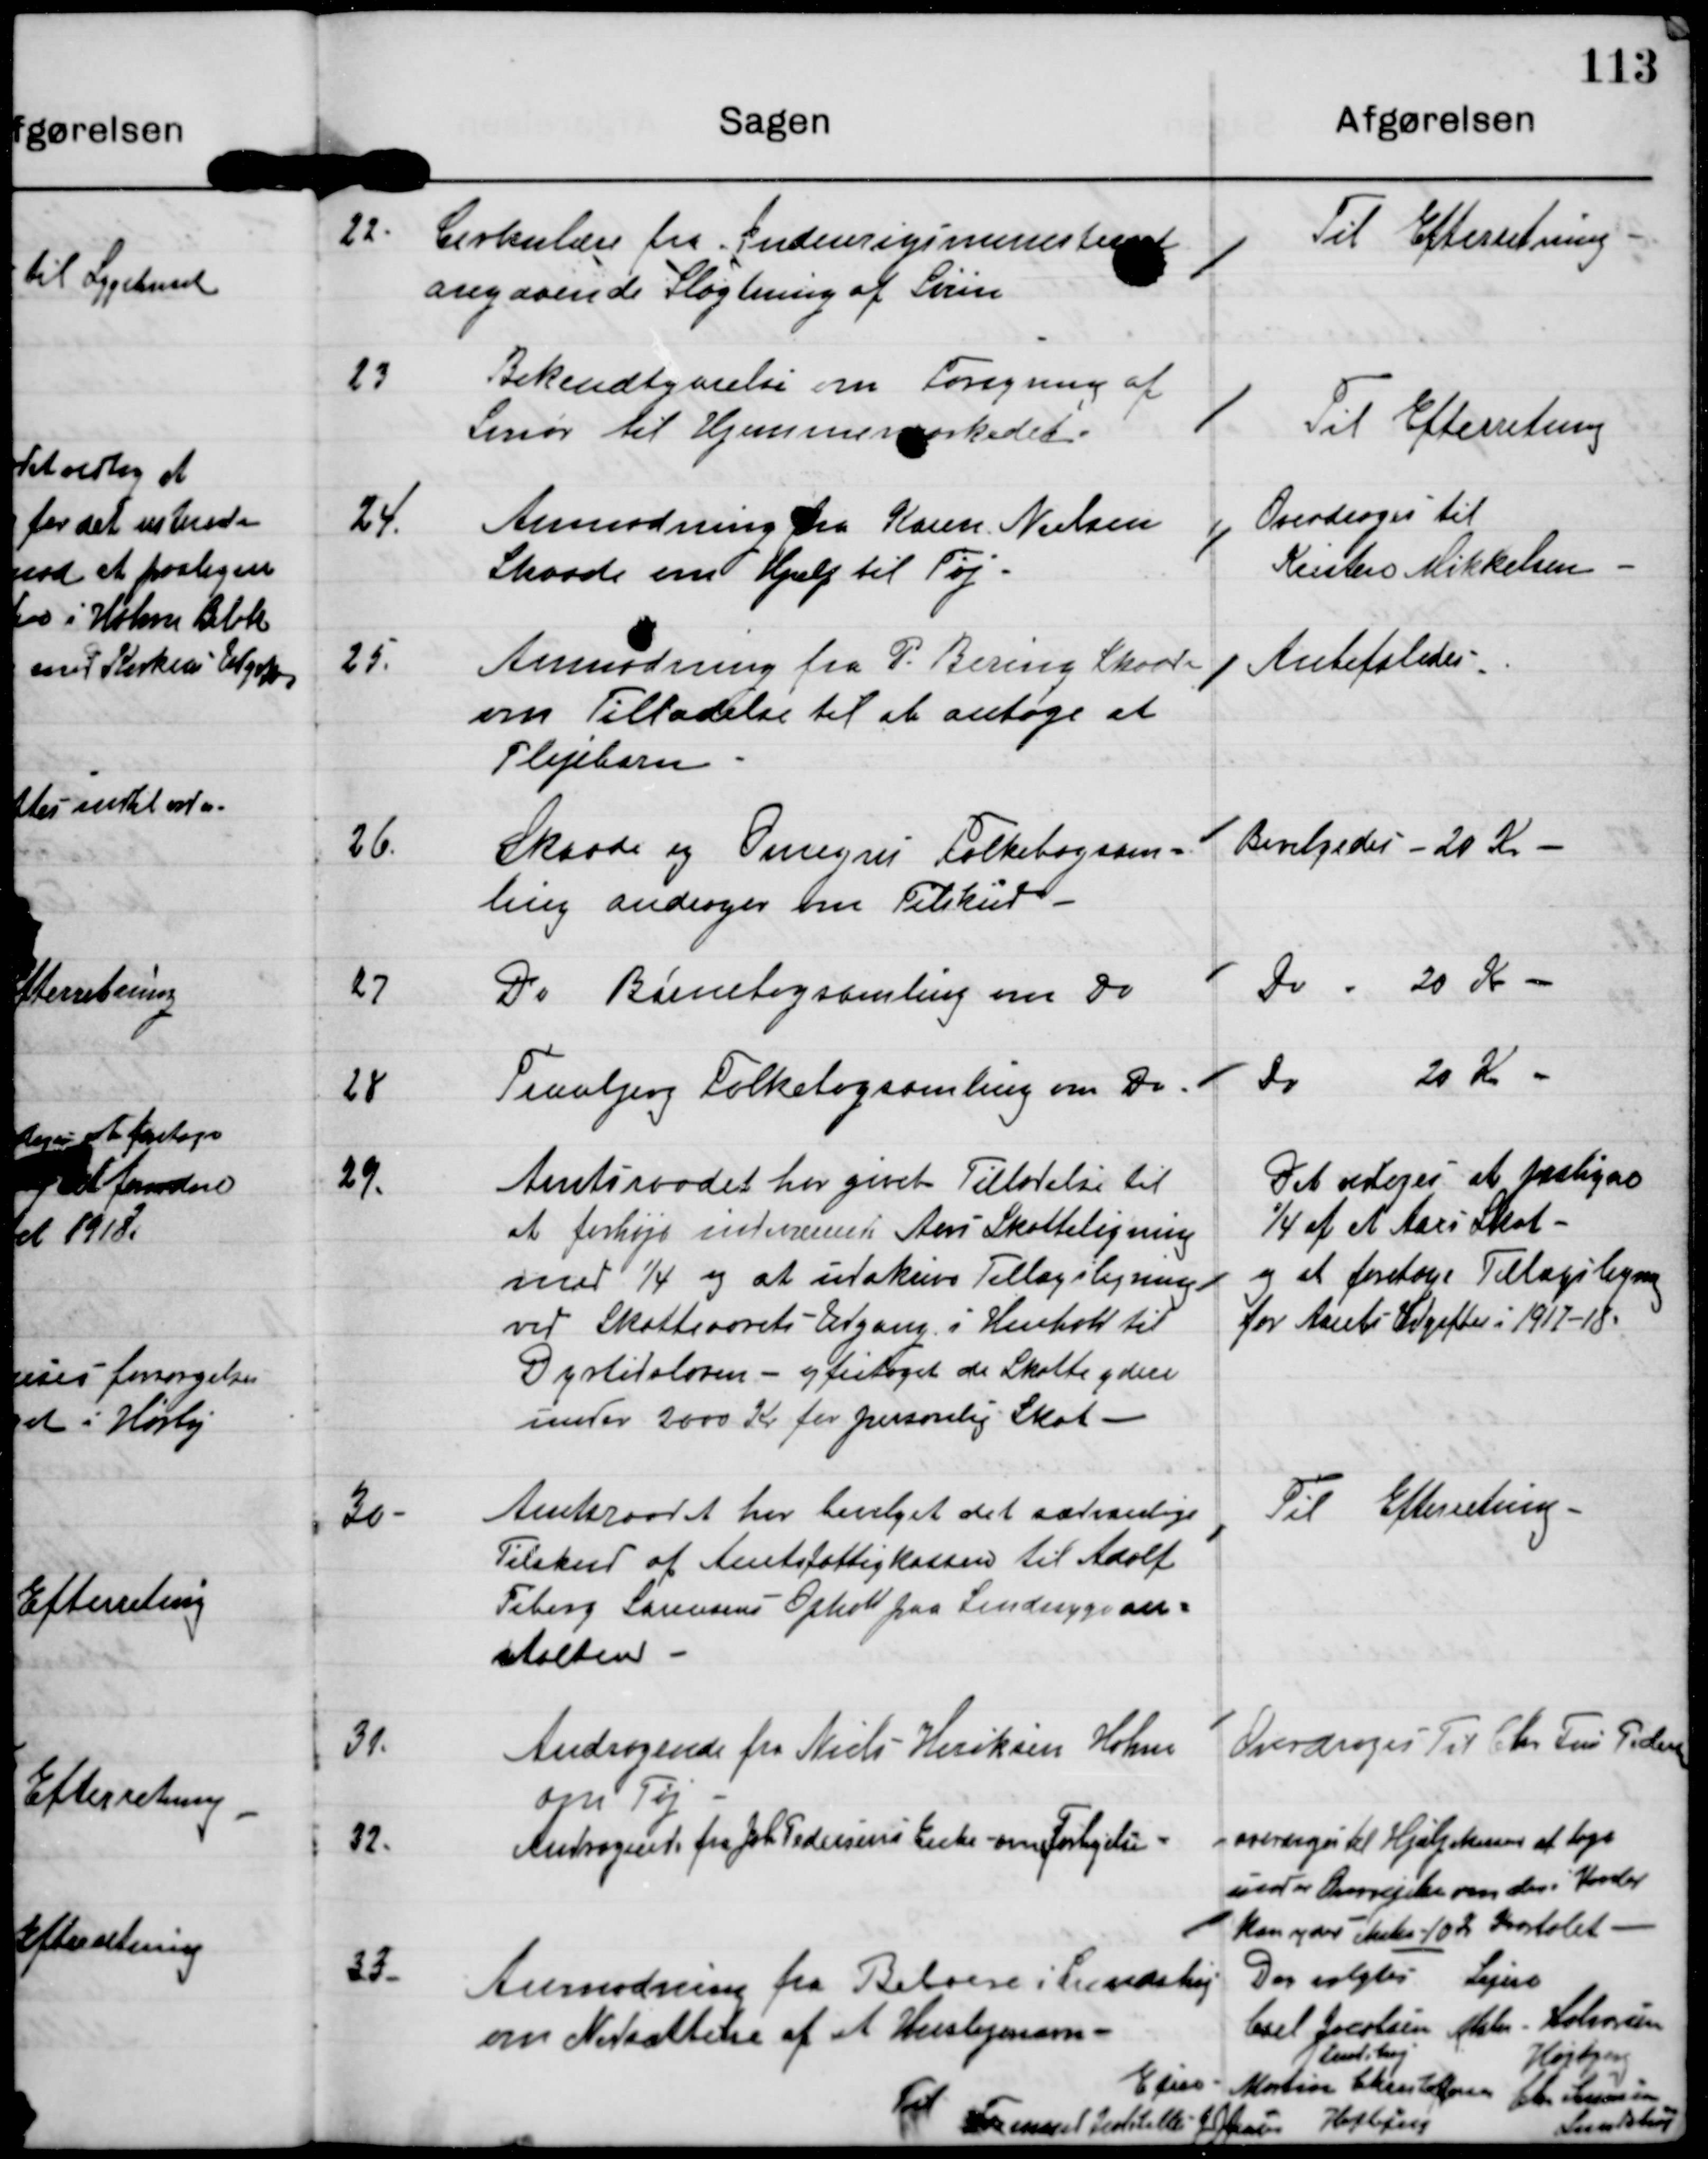
Transskription:
22.

Cirkulære fra Indenrigsministeriet
angaaende Slagtning af Svin.

Til Efterretning

23

Bekendtgørelse om Forøgning af
Smør til Hjemmemarkedet.

Til Efterretning

24

Anmodning fra Karen Nielsen
Skaade om Hjælp til Tøj.

Overdroges til
Kirsten Mikkelsen

25.

Anmodning fra P. Bering Skaade
om Tilladelse til at antage et
Plejebarn.

Anbefaledes

26.

Skaade og Omegns Folkebogssam-
ling andrager om Tilskud

Bevilgedes 20 kr.

27

Do Børnebogssamling om Do

Do - 20 kr.

28

Tranbjerg Folkebogssamling om Do

Do
20 Kr.

29.

Amtsraadet har givet Tilladelse til
at forhøje indeværende Aars Skatteligning
med 1/4 og at udskrive Tillægsligning
ved Skatteaarets Udgang i Henhold til
Dyrtidsloven - og fritage de Skatteydere
under 2000 Kr for personlig Skat

Det vedtoges at paaligne
1/4 af det Aars Skat
og at foretage Tillægsligning
for Aarets udgifter i 1917-18.

30

Amtsraadet har bevilget det sædvanlige
Tilskud af Amtsfattigkassen til Adolf
Fiberg Sørensens Ophold paa Sindssygean-
stalten.

Til Efterretning

31.

Andragende fra Niels Henriksen Holme
om Tøj

Overdrages til Chr. Friis Pedersen

32.

Andragende fra Johs.Pedersens Enke om Forhøjelse.

overdrages til Hjælpekassen at tage
under Overvejelse om der K?
kan ydes ? 10 Kr K?

33.

Anmodning fra Beboerne i Lundshøj
om Nedsættelse af et Huslejenævn.

Der valgtes

Lejere

Carl Jacobsen
Lundshøj

Maler Halvorsen
Højbjerg

Einar Martin Christoffersen

Til Formand indstilles

J J Jensen Højbjerg

Chr Sørensen
Lundshøj